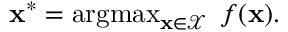
\begin{array} { r } { \mathbf { x } ^ { * } = \mathop { \mathrm { a r g m a x } } _ { \mathbf { x } \in \mathcal { X } } \; f ( \mathbf { x } ) . } \end{array}